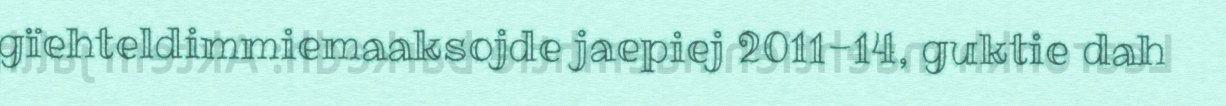
gïehteldimmiemaaksojde jaepiej 2011-14, guktie dah